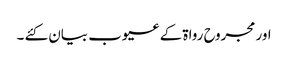
اور مجروح رواۃ کے عیوب بیان کئے ۔